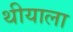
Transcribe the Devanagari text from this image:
थीयाला